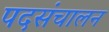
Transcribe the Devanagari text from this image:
पदसंचालन